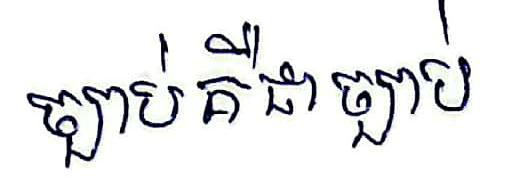
ច្បាប់គឺជាច្បាប់